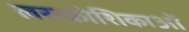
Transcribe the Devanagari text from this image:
लसकोशिकाओं